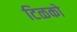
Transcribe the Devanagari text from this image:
टिळको